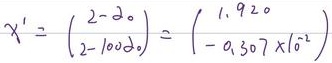
（注：原答案图片中可能存在一些显示问题或书写不规范，按照正常书写逻辑和图片呈现尽量还原。如果按照图片上的数字“\(1.920\)”和“\(-0.307\times10^{-2}\)”，则是 \(\chi^{2}=\begin{pmatrix}2 - 2.08\\2 - 1.008\end{pmatrix}=\begin{pmatrix}1.920\\ - 0.307\times10^{-2}\end{pmatrix}\) ，你可以根据实际情况判断。）
\(\chi^{2}=\begin{pmatrix}2 - 2.08\\2 - 1.008\end{pmatrix}=\begin{pmatrix} - 0.08\\0.992\end{pmatrix}\)